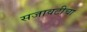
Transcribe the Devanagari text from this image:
सजावटीचा